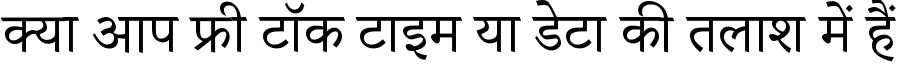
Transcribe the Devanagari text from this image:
क्या आप फ्री टॉक टाइम या डेटा की तलाश में हैं